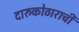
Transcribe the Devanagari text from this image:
दारुकोठाराची